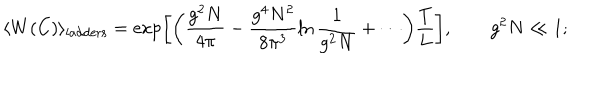
LaTeX: \langle W ( C ) \rangle _ { \mathrm { l a d d e r s } } = \exp \biggl [ \biggl ( \frac { g ^ { 2 } N } { 4 \pi } - \frac { g ^ { 4 } N ^ { 2 } } { 8 \pi ^ { 3 } } \ln \frac { 1 } { g ^ { 2 } N } + \cdots \biggr ) \frac { T } { L } \biggr ] , \qquad g ^ { 2 } N \ll 1 ;